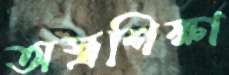
অস্ত্রশিক্ষা